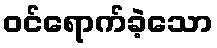
ဝင်ရောက်ခဲ့သော